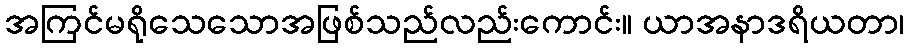
အကြင်မရိုသေသောအဖြစ်သည်လည်းကောင်း။ ယာအနာဒရိယတာ၊